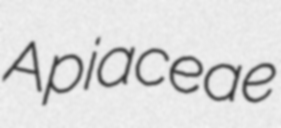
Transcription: Apiaceae